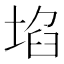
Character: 埳